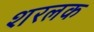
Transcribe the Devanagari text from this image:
शरलक